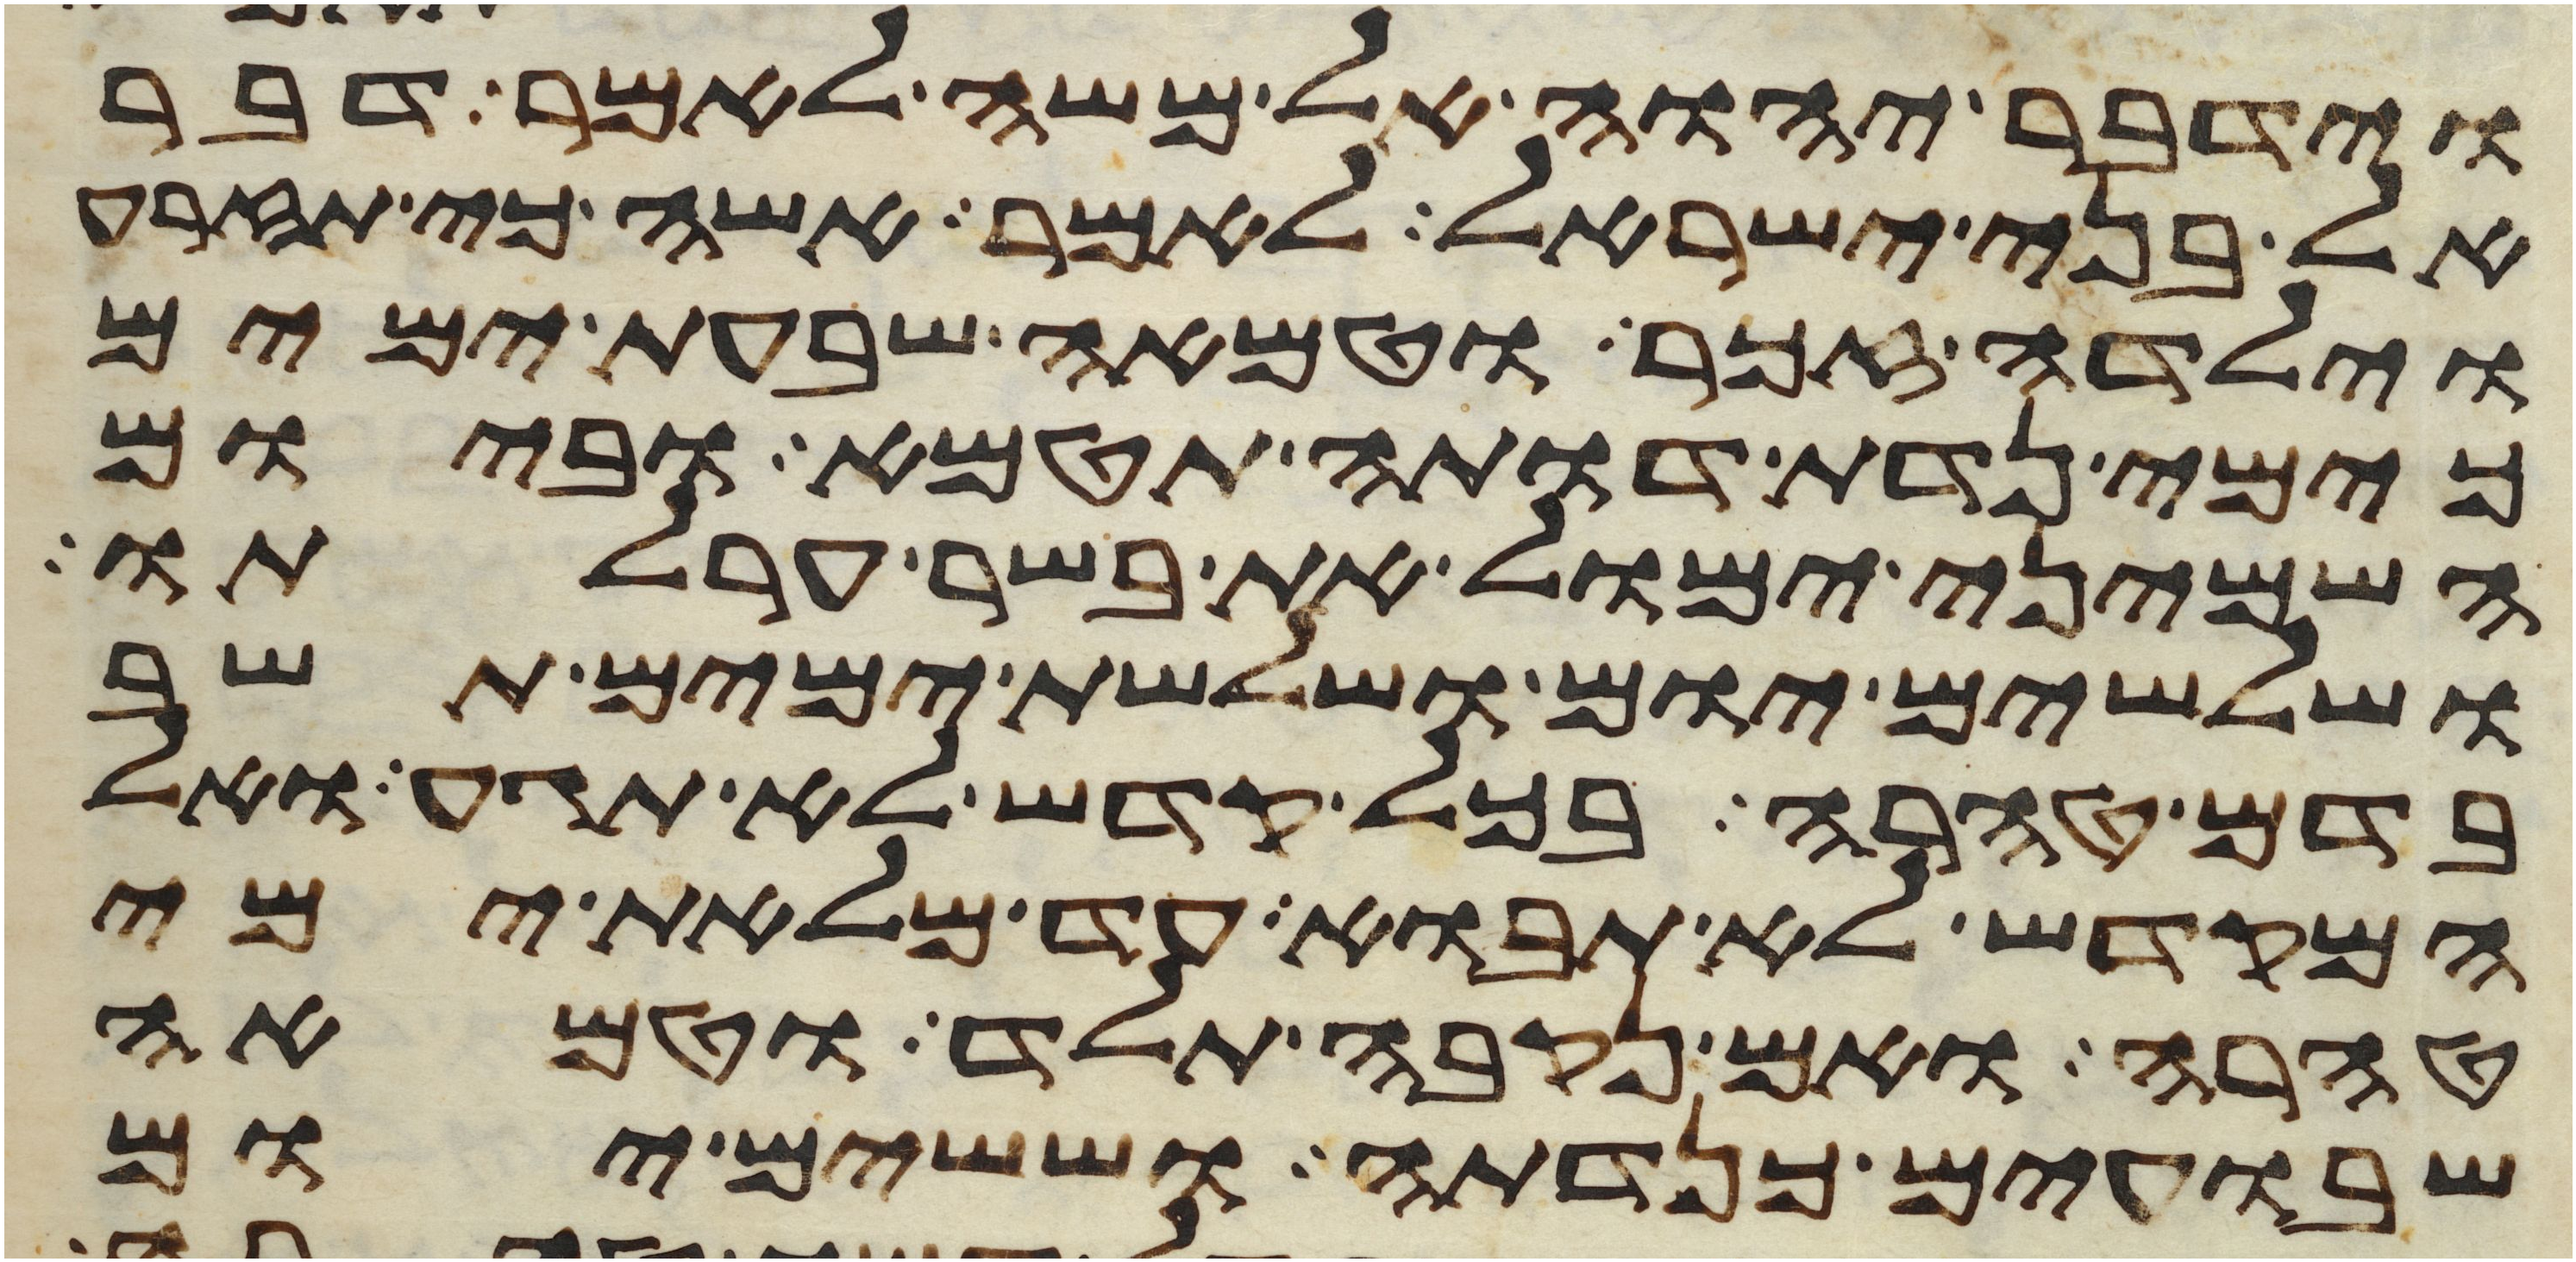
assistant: וידבר יהוה אל משה לאמר דבר
אל בני ישראל לאמר אשה כי תזרע
וילדה זכר וטמאה שבעת ימים
כימי נדת דותה תטמא וביום
השמיני ימול את בשר ערלתו
ושלשים יום ושלשת ימים תשב
בדם טהרה בכל קדש לא תגע ואל
המקדש לא תבוא עד מלאת ימי
טהרה ואם נקבה תלד וטמאה
שבועים כנדתה וששים יום